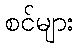
စင်များ